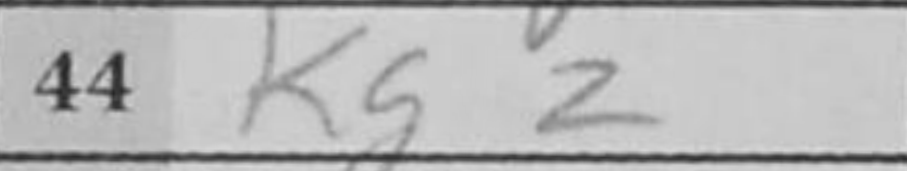
Transcription: Kg2